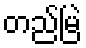
တည်မြဲ